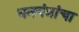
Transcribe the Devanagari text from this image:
धनयंत्रांचा